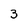
Character: 3